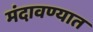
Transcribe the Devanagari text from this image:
मंदावण्यात